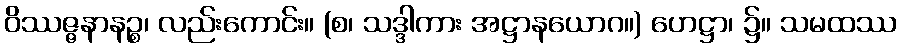
ဝိဿဇ္ဇနာနဉ္စ၊ လည်းကောင်း။ (စ၊ သဒ္ဒါကား အဋ္ဌာနယောဂ။) ဟေဋ္ဌာ၊ ၌။ သမထဿ